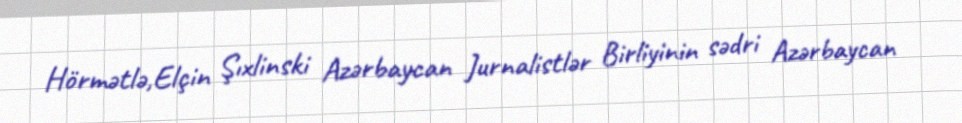
Hörmətlə,Elçin Şıxlinski Azərbaycan Jurnalistlər Birliyinin sədri Azərbaycan